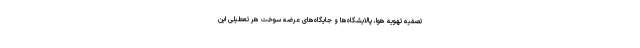
تصفیه تهویه هوا، پالایشگاه‌ها و جایگاه‌های عرضه سوخت هر تعطیلی این